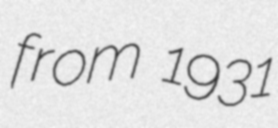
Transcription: from 1931